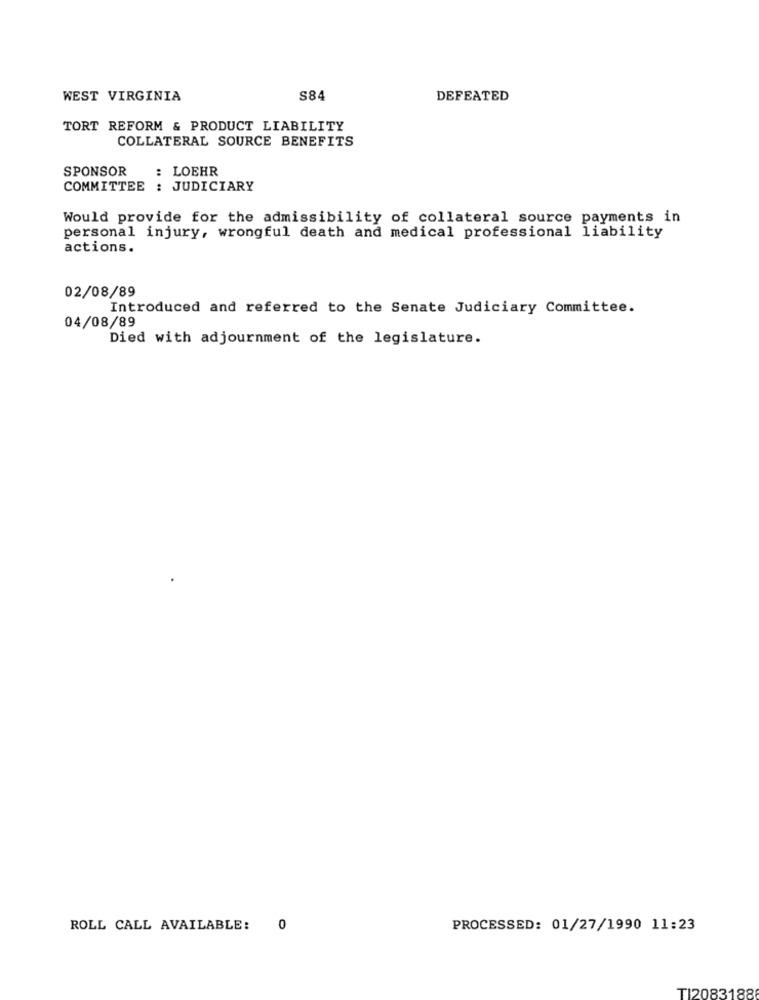
WEST VIRGINIA
S84
DEFEATED
TORT REFORM & PRODUCT LIABILITY
COLLATERAL SOURCE BENEFITS
SPONSOR
: LOEHR
COMMITTEE : JUDICIARY
Would provide for the admissibility of collateral source payments in
personal injury, wrongful death and medical professional liability
actions.
02/08/89
Introduced and referred to the Senate Judiciary Committee.
04/08/89
Died with adjournment of the legislature.
ROLL CALL AVAILABLE:
0
PROCESSED: 01/27/1990 11:23
TI2083188